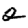
Digit: 2